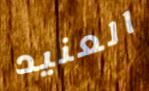
العنيد